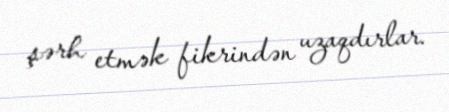
şərh etmək fikrindən uzaqdırlar.